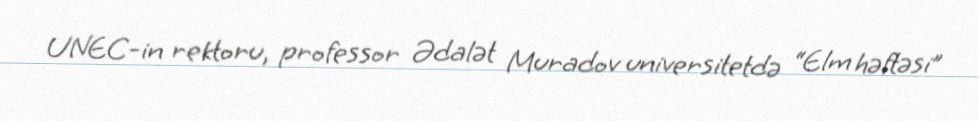
UNEC-in rektoru, professor Ədalət Muradov universitetdə “Elm həftəsi”